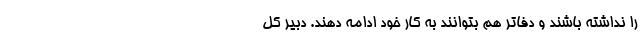
را نداشته باشند و دفاتر هم بتوانند به کار خود ادامه دهند. دبیر کل